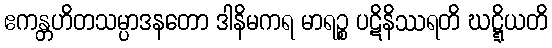
ဧကန္တဟိတသမ္ပာဒနတော ဒါနိမကရ မာရဉ္စ ပဋိနိဿရတိ ဃဋ္ဋိယတိ